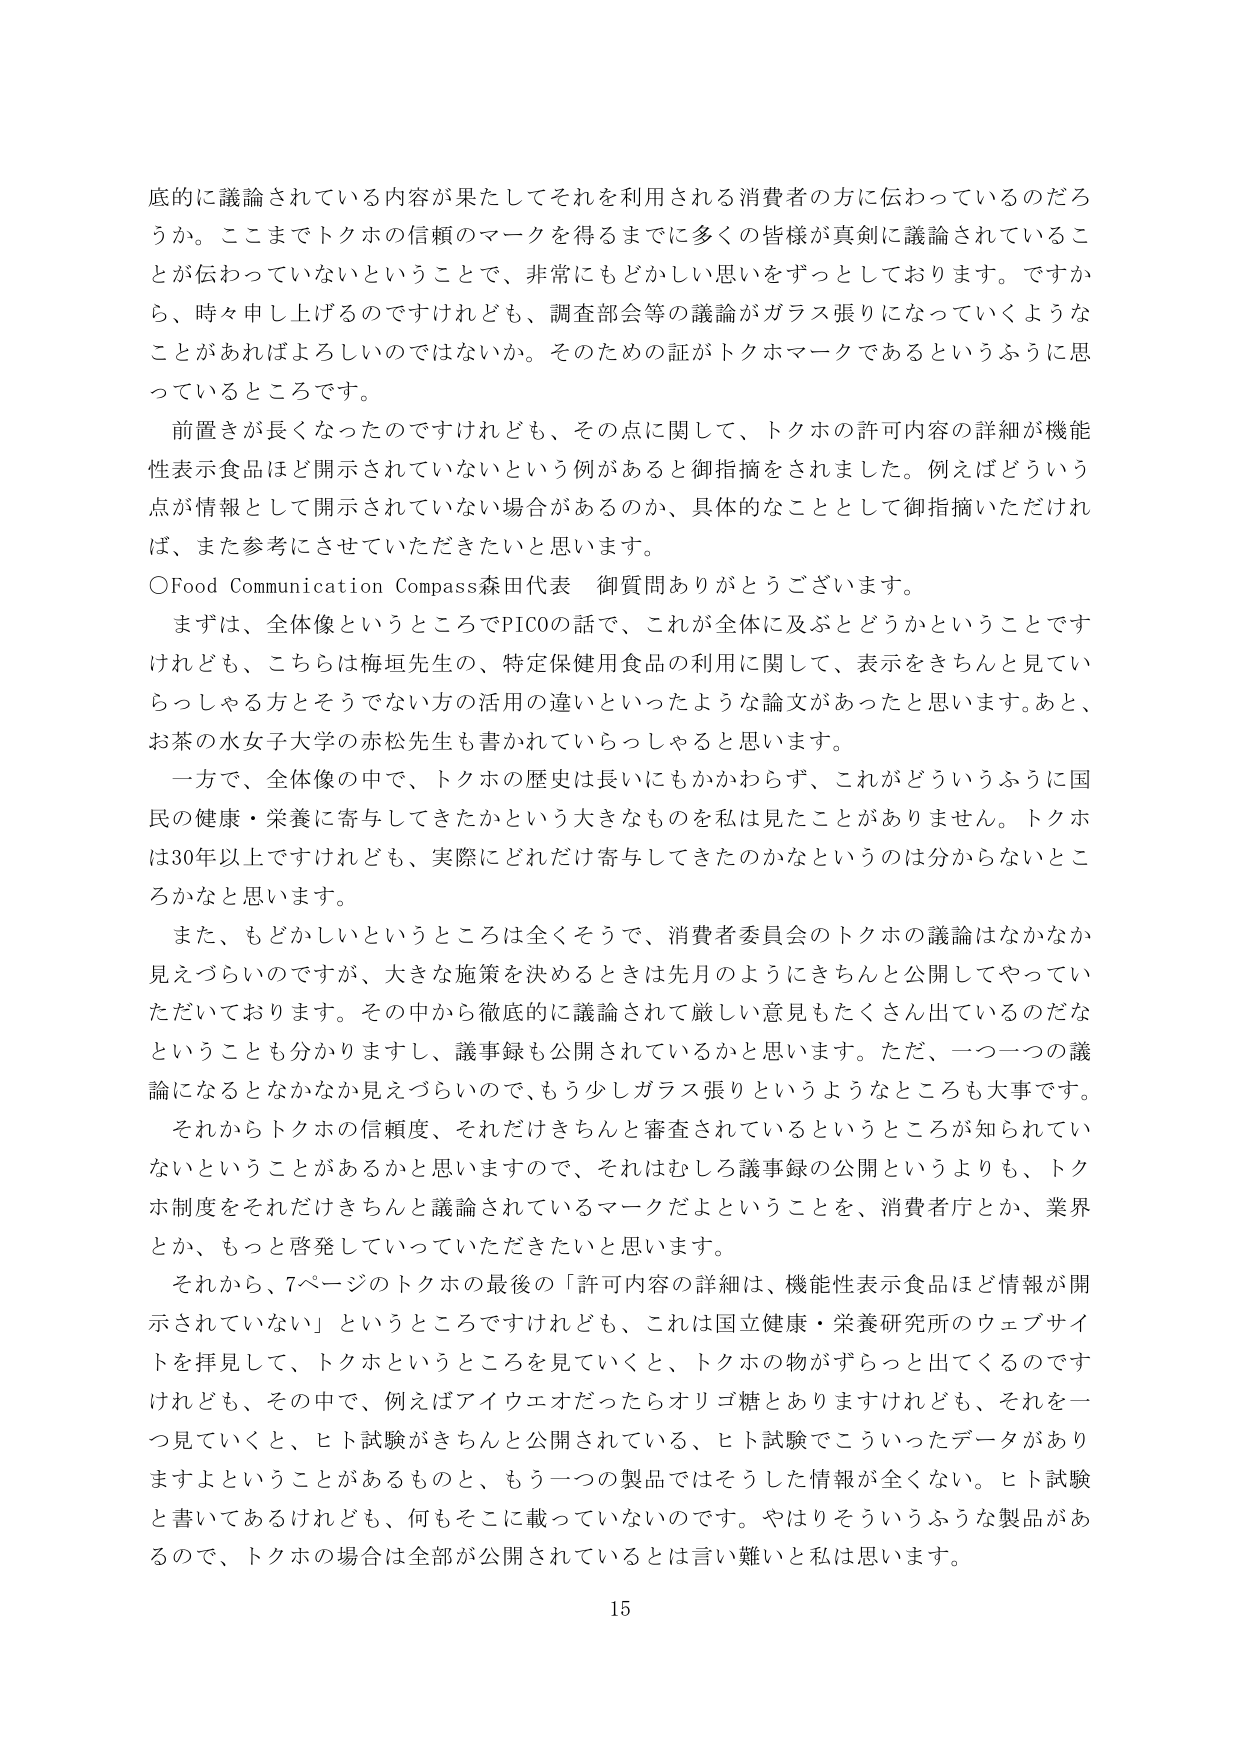
底的に議論されている内容が果たしてそれを利用される消費者の方に伝わっているのだろうか。ここまでトクホの信頼のマークを得るまでに多くの皆様が真剣に議論されていることが伝わっていないということで、非常にもどかしい思いをずつとしております。ですから、時々申し上げるのですけれども、調査部会等の議論がガラス張りになっていくようなことがあればよろしいのではないか。そのための証がトクホマークであるというふうに思っているところです。

前置きが長くなったのですけれども、その点に関して、トクホの許可内容の詳細が機能性表示食品ほど開示されていないという例があると御指摘をされました。例えばどういう点が情報として開示されていない場合があるのか、具体的なこととして御指摘いただければ、また参考にさせていただきたいと思います。

○Food Communication Compass森田代表 御質問ありがとうございます。

まずは、全体像というところでPICOの話で、これが全体に及ぶとどうかということですけれども、こちらは梅垣先生の、特定保健用食品の利用に関して、表示をきちんと見ていらっしゃる方とそうでない方の活用の違いといったような論文があったと思います。あと、お茶の水女子大学の赤松先生も書かれていらっしゃると思います。

一方で、全体像の中で、トクホの歴史は長いにもかかわらず、これがどういうふうに国民の健康・栄養に寄与してきたかという大きなものを私は見たことがありません。トクホは30年以上ですけれども、実際にどれだけ寄与してきたのかなというのは分からないところかなと思います。

また、もどかしいというところは全くそうで、消費者委員会のトクホの議論はなかなか見えづらいのですが、大きな施策を決めるときは先月のようにきちんと公開してやっていただいております。その中から徹底的に議論されて厳しい意見もたくさん出ているのだなということも分かりますし、議事録も公開されているかと思います。ただ、一つ一つの議論になるとなかなか見えづらいので、もう少しガラス張りというようなところも大事です。

それからトクホの信頼度、それだけきちんと審査されているというところが知られていないということがあるかと思いますので、それはむしろ議事録の公開というよりも、トクホ制度をそれだけきちんと議論されているマークだよということを、消費者庁とか、業界とか、もっと啓発していっていただきたいと思います。

それから、7ページのトクホの最後の「許可内容の詳細は、機能性表示食品ほど情報が開示されていない」というところですけれども、これは国立健康・栄養研究所のウェブサイトを拝見して、トクホというところを見ていくと、トクホの物がずらっと出てくるのですけれども、その中で、例えばアイウエオだったらオリゴ糖とありますけれども、それを一つ見ていくと、ヒト試験がきちんと公開されている、ヒト試験でこういったデータがありますよということがあるものと、もう一つの製品ではそうした情報が全くない。ヒト試験と書いてあるけれども、何もそこに載っていないのです。やはりそういうふうな製品があるので、トクホの場合は全部が公開されているとは言い難いと私は思います。

15